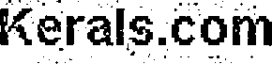
Kerals.com